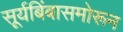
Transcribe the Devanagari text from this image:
सूर्यबिंबासमोरून